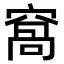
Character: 窩